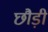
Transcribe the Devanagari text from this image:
छौड़ी